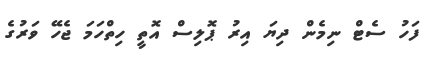
ފަހު ސެޓް ނިމެން ދިޔަ އިރު ޕޮލިސް އޮތީ ހިތްހަމަ ޖެހޭ ވަރުގެ